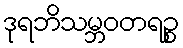
ဒုရဘိသမ္ဘဝတရဉ္စ